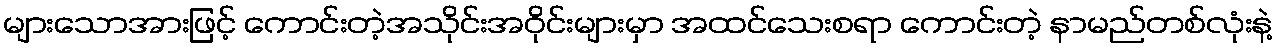
များသောအားဖြင့် ကောင်းတဲ့အသိုင်းအဝိုင်းများမှာ အထင်သေးစရာ ကောင်းတဲ့ နာမည်တစ်လုံးနဲ့